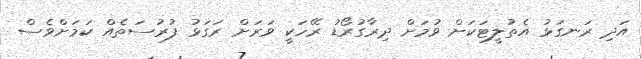
އަދި ރަނގަޅު އެތުލީޓަކަށް ވުމަށް ދިރާގުރޯޑު ރޭހަކީ ވަރަށް ރަގަޅު ފުރުސަތެއް ކަމަށްވެސް